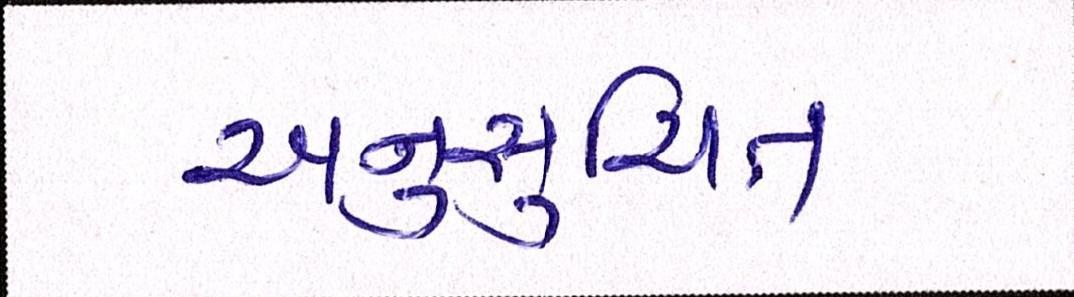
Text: અનુસુચિત